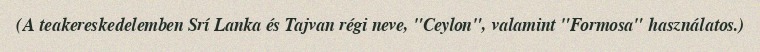
(A teakereskedelemben Srí Lanka és Tajvan régi neve, "Ceylon", valamint "Formosa" használatos.)